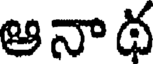
ఆనాథ